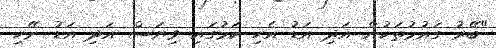
"ބޭރު ގައުމުތަކުން އަދި އަޑު އެހި ކަމުގައި ވިޔަސް އަދި އަޑު ނޭހި